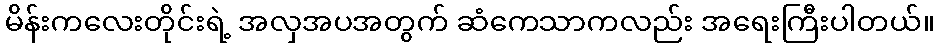
မိန်းကလေးတိုင်းရဲ့ အလှအပအတွက် ဆံကေသာကလည်း အရေးကြီးပါတယ်။